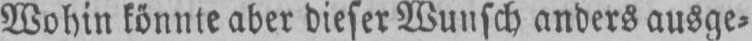
Wohin könnte aber dieser Wunsch anders ausge⸗